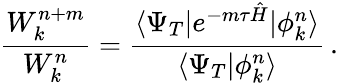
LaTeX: \frac{W_{k}^{n+m}}{W_{k}^{n}}=\frac{\langle\Psi_{T}|e^{-m\tau\hat{H}}|\phi_{k}^{n}\rangle}{\langle\Psi_{T}|\phi_{k}^{n}\rangle}\, .